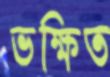
ভক্ষিত